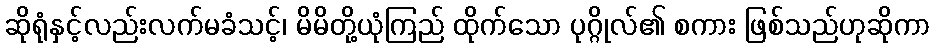
ဆိုရုံနှင့်လည်းလက်မခံသင့်၊ မိမိတို့ယုံကြည် ထိုက်သော ပုဂ္ဂိုလ်၏ စကား ဖြစ်သည်ဟုဆိုကာ